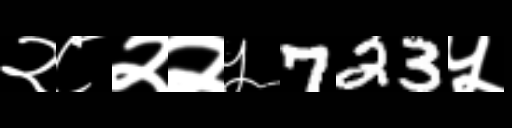
Text: २८२२५723५